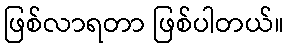
ဖြစ်လာရတာ ဖြစ်ပါတယ်။